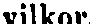
vilkor.